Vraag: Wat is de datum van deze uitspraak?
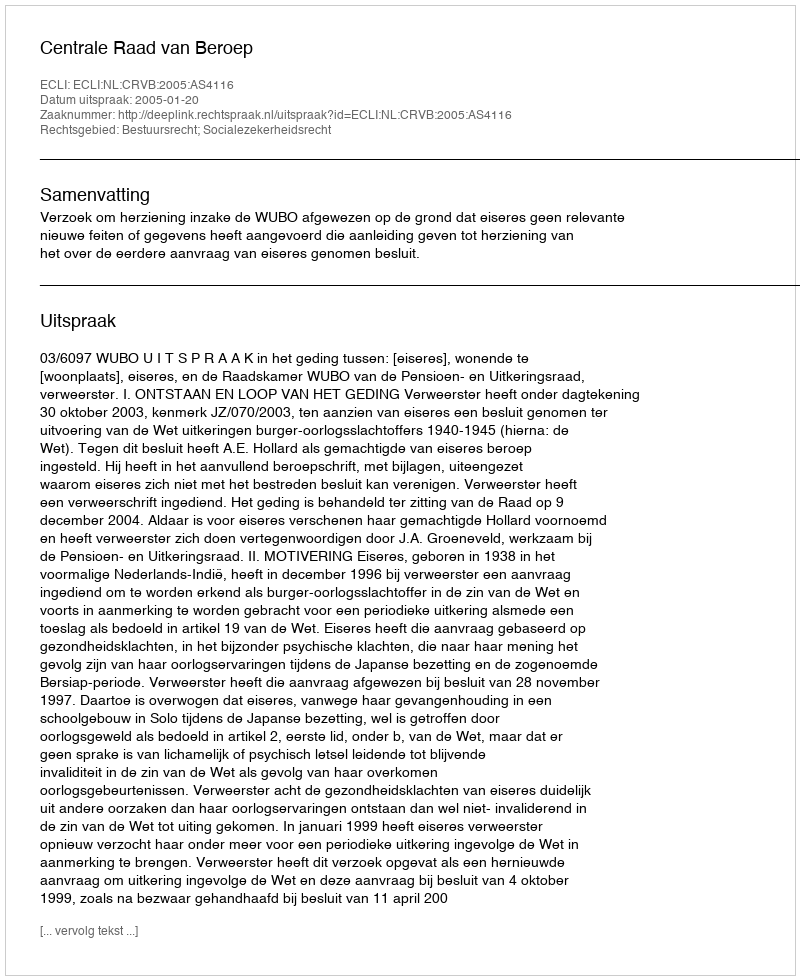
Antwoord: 2005-01-20